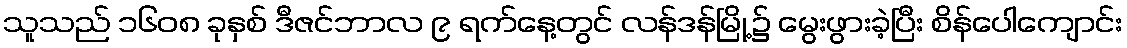
သူသည် ၁၆၀၈ ခုနှစ် ဒီဇင်ဘာလ ၉ ရက်နေ့တွင် လန်ဒန်မြို့၌ မွေးဖွားခဲ့ပြီး စိန်ပေါကျောင်း